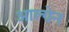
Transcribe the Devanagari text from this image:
आल्ग्रेन